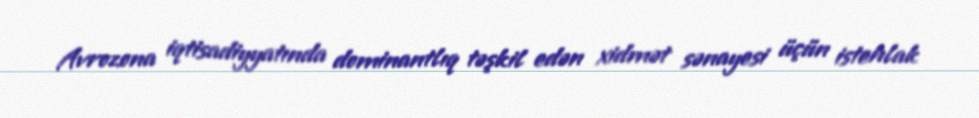
Avrozona iqtisadiyyatında dominantlıq təşkil edən xidmət sənayesi üçün istehlak